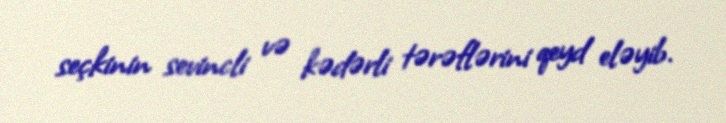
seçkinin sevincli və kədərli tərəflərini qeyd eləyib.